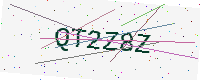
Text: QT2Z8Z